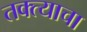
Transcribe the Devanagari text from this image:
तक्त्याचा